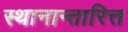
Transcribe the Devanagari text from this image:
स्थानान्तारित्त